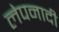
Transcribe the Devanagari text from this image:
लेपनादी